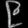
Digit: ၉